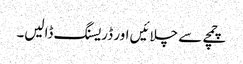
چمچے سے چلائیں اور ڈریسنگ ڈالیں۔